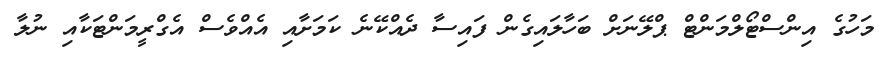
މަހުގެ އިންސްޓޯލްމަންޓް ޕްލޭނަށް ބަހާލައިގެން ފައިސާ ދެއްކޭނެ ކަމަށާއި އެއްވެސް އެގްރީމަންޓަކާއި ނުލާ